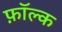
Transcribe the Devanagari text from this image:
फ़ॉल्क